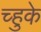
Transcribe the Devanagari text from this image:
च्हुके